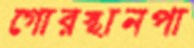
গোরস্থানপা